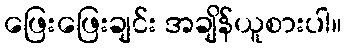
ဖြေးဖြေးချင်း အချိန်ယူစားပါ။